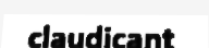
claudicant